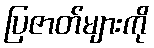
ပြဇာတ်များကို